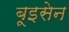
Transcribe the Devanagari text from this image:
बूइसेन